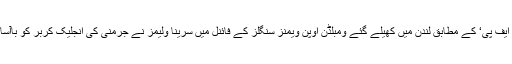
فرانسیسی خبر رساں ایجنسی ’اے ایف پی‘ کے مطابق لندن میں کھیلے گئے ومبلڈن اوپن ویمنز سنگلز کے فائنل میں سرینا ولیمز نے جرمنی کی انجلیک کربر کو باآسانی اسٹریٹ سیٹ میں شکست دی۔